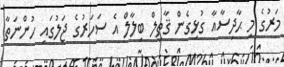
މަރުގެ މި ޙާދިސާއާ ގުޅިގެން ޤާތިލް ބިލާލް އެ ސަހަރުގެ ޖަލުގައި ހުންނަތާ